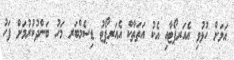
އަލަށް ހުޅުވި އެއަރޕޯޓާއި އެކު އަތަތާކް އެއަރޕޯޓު ޑިސެމްބަރ މަހު ބަންދުކުރުމަށް ފަހު